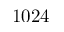
1 0 2 4